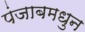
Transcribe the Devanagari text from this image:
पंजाबमधुन